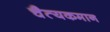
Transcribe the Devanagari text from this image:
चैत्यकमान